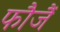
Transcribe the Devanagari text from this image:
फौजैं